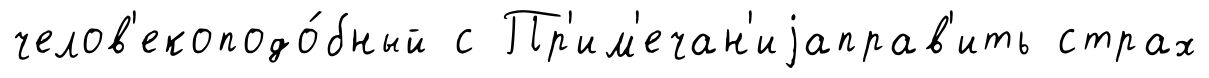
челов'екоподо́бный с Пр'им'ечан'иjаправ'ить страх